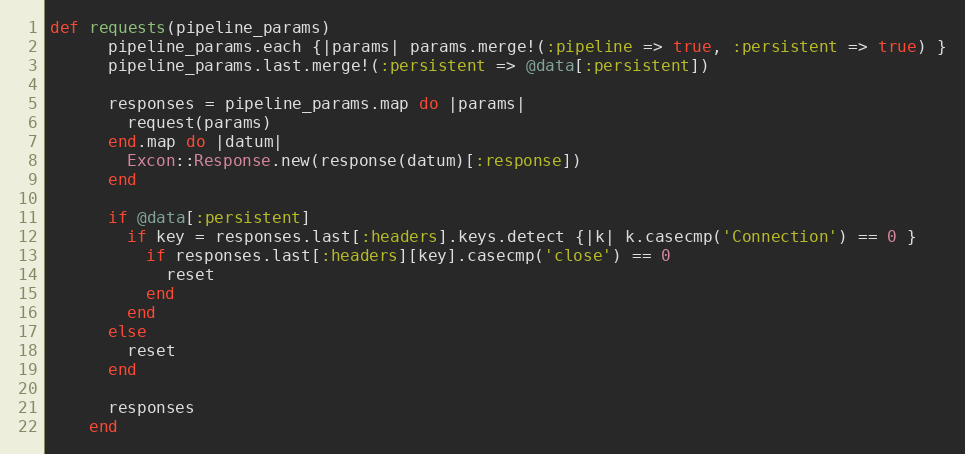
Language: Ruby
def requests(pipeline_params)
      pipeline_params.each {|params| params.merge!(:pipeline => true, :persistent => true) }
      pipeline_params.last.merge!(:persistent => @data[:persistent])

      responses = pipeline_params.map do |params|
        request(params)
      end.map do |datum|
        Excon::Response.new(response(datum)[:response])
      end

      if @data[:persistent]
        if key = responses.last[:headers].keys.detect {|k| k.casecmp('Connection') == 0 }
          if responses.last[:headers][key].casecmp('close') == 0
            reset
          end
        end
      else
        reset
      end

      responses
    end